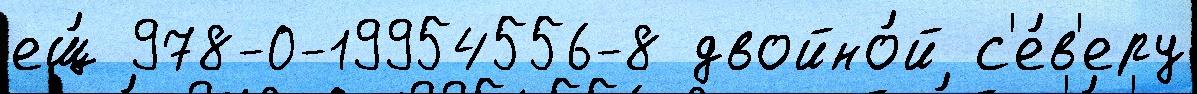
ещ́ 978-0-19954556-8 двойно́й с'е́в'еру